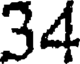
34